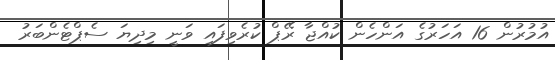
އުމުރުން 16 އަހަރުގެ އަންހެން ކުއްޖާ ރޭޕް ކުރެވިފައި ވަނީ މިދިޔަ ސެޕްޓެންބަރު